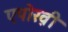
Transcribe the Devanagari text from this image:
एपोख़ी